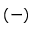
( - )